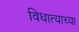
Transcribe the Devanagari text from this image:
विधात्याच्या